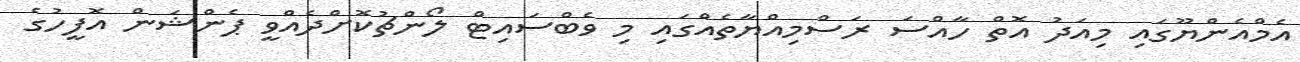
އެމްއެންޔޫގައި މިއަދު އޮތް ހާއްސަ ރަސްމިއްޔާތެއްގައި މި ވެބްސައިޓް ލޯންޗުކޮށްދެއްވީ ޕެންޝަން އޮފީހުގެ